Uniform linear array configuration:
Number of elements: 8
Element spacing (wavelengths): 0.75
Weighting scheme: exponential
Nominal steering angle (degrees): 30
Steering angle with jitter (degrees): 30.911
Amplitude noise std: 0.05
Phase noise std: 0.05

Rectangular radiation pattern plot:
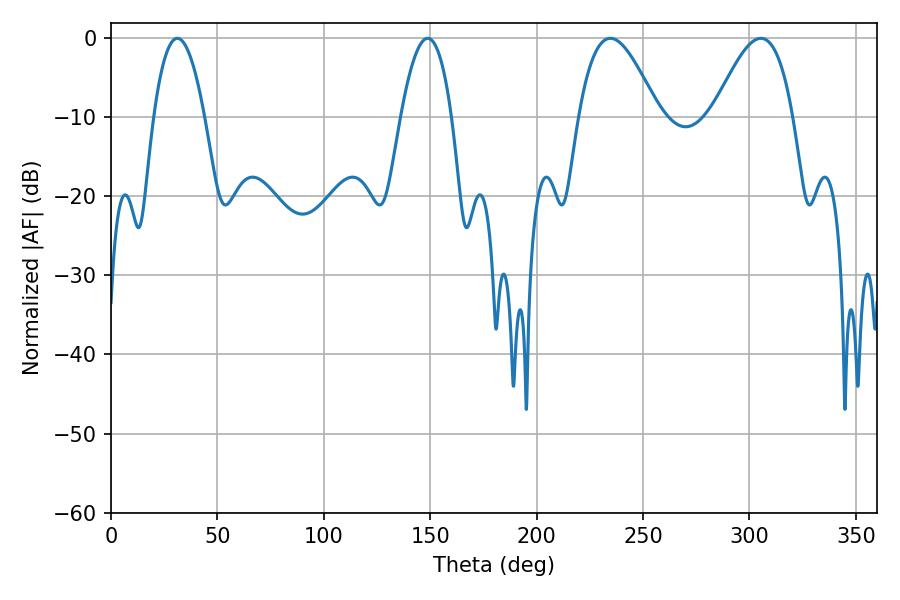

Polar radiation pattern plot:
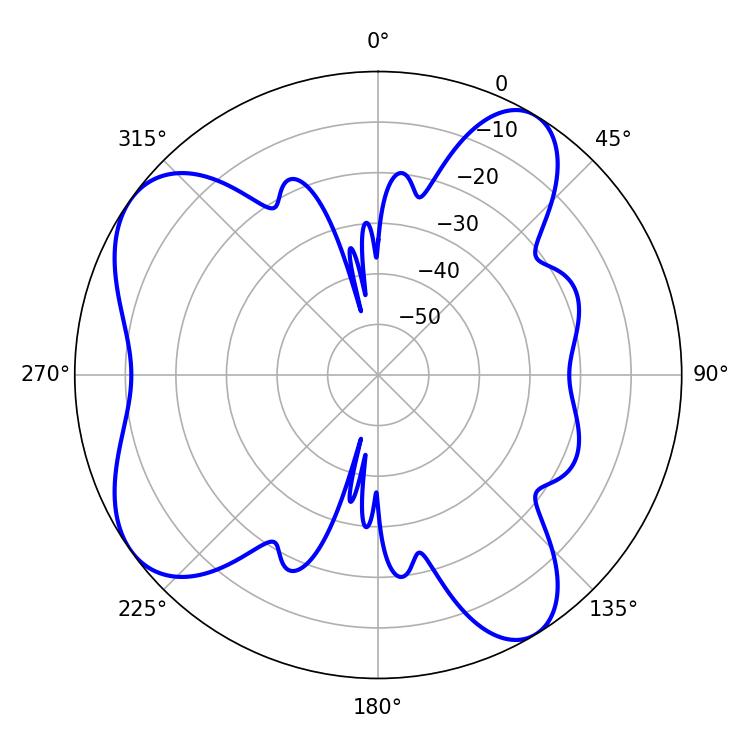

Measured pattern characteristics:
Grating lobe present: TRUE
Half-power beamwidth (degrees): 13.14
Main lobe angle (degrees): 31.14